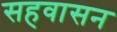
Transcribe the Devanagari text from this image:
सहवासन